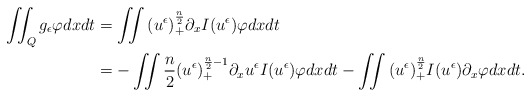
\begin{align*}\iint_Q{g_\epsilon \varphi} dx dt & =\iint{(u^\epsilon)_+^\frac{n}{2} \partial_x I(u^\epsilon) \varphi } dx dt \\& = - \iint{\frac{n}{2} (u^\epsilon)_+^{\frac{n}{2}-1} \partial_x u^\epsilon I(u^\epsilon) \varphi} dx dt - \iint{(u^\epsilon)_+^\frac{n}{2} I(u^\epsilon) \partial_x \varphi} dx dt.\end{align*}